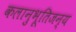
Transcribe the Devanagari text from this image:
कलानुभूतिजन्य